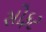
સોફટ